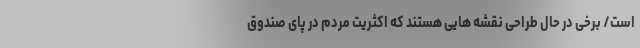
است/ برخی در حال طراحی نقشه هایی هستند که اکثریت مردم در پای صندوق